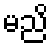
မညိ